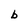
Character: b